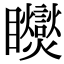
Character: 𥍏